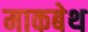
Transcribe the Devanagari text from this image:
माकबेथ